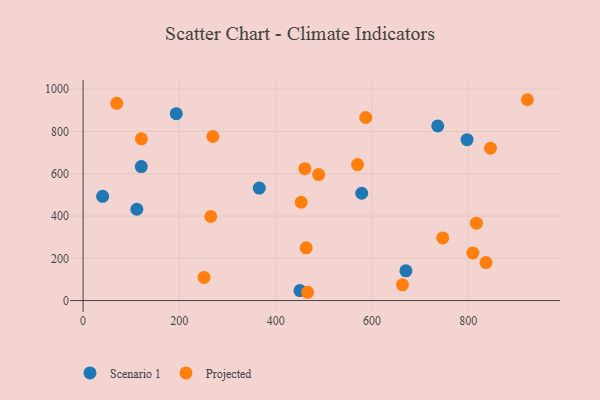
{"axis": {"x": "Speed", "y": "Exam Score"}, "legend": ["Projected", "Scenario 1"], "data": [{"x": "450.5", "y": 47.1, "type": "Scenario 1"}, {"x": "736.7", "y": 826.6, "type": "Scenario 1"}, {"x": "797.6", "y": 761.4, "type": "Scenario 1"}, {"x": "40.6", "y": 493.4, "type": "Scenario 1"}, {"x": "193.6", "y": 884.4, "type": "Scenario 1"}, {"x": "120.9", "y": 633.9, "type": "Scenario 1"}, {"x": "578.8", "y": 507.7, "type": "Scenario 1"}, {"x": "366.0", "y": 532.5, "type": "Scenario 1"}, {"x": "111.7", "y": 432.0, "type": "Scenario 1"}, {"x": "670.6", "y": 140.7, "type": "Scenario 1"}, {"x": "460.6", "y": 624.0, "type": "Projected"}, {"x": "836.9", "y": 179.8, "type": "Projected"}, {"x": "466.4", "y": 39.2, "type": "Projected"}, {"x": "663.4", "y": 74.6, "type": "Projected"}, {"x": "922.9", "y": 950.4, "type": "Projected"}, {"x": "463.4", "y": 249.6, "type": "Projected"}, {"x": "265.2", "y": 397.8, "type": "Projected"}, {"x": "453.1", "y": 465.2, "type": "Projected"}, {"x": "747.1", "y": 296.2, "type": "Projected"}, {"x": "570.1", "y": 643.7, "type": "Projected"}, {"x": "817.0", "y": 366.4, "type": "Projected"}, {"x": "69.9", "y": 933.6, "type": "Projected"}, {"x": "121.2", "y": 765.2, "type": "Projected"}, {"x": "846.3", "y": 720.7, "type": "Projected"}, {"x": "809.6", "y": 225.1, "type": "Projected"}, {"x": "587.1", "y": 866.3, "type": "Projected"}, {"x": "269.5", "y": 776.3, "type": "Projected"}, {"x": "251.3", "y": 109.7, "type": "Projected"}, {"x": "489.4", "y": 596.2, "type": "Projected"}]}